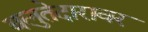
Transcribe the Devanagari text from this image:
बलुतेदारावर